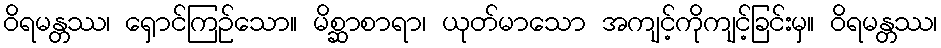
ဝိရမန္တဿ၊ ရှောင်ကြဉ်သော။ မိစ္ဆာစာရာ၊ ယုတ်မာသော အကျင့်ကိုကျင့်ခြင်းမှ။ ဝိရမန္တဿ၊